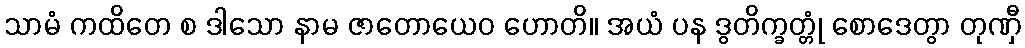
သာမံ ကထိတေ စ ဒါသော နာမ ဇာတောယေဝ ဟောတိ။ အယံ ပန ဒွတိက္ခတ္တုံ စောဒေတွာ တုဏှီ